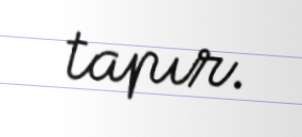
tapır.